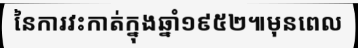
នៃការវះកាត់ក្នុងឆ្នាំ១៩៥២៕មុនពេល